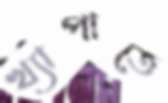
খ্যাপাতে